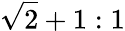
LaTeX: {\sqrt{2}}+1:1